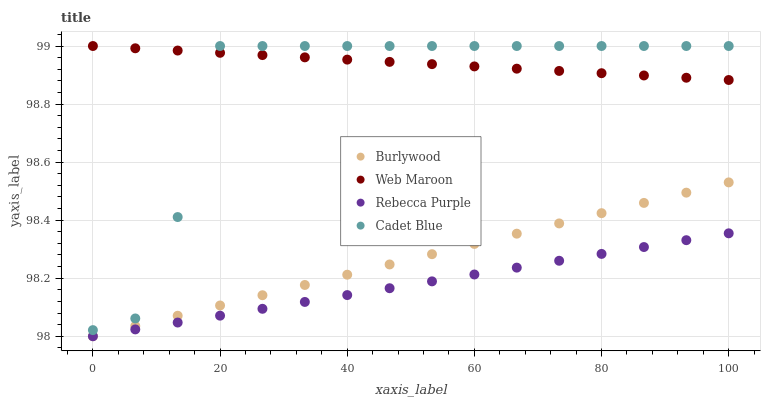
| xaxis_label | Burlywood | Web Maroon | Rebecca Purple | Cadet Blue |
 | --- | --- | --- | --- | --- |
 | 0 | 98 | 99 | 98 | 98 |
 | 6.67 | 98 | 99 | 98 | 98.1 |
 | 13.3 | 98.1 | 99 | 98 | 98.4 |
 | 20 | 98.1 | 99 | 98.1 | 99 |
 | 26.7 | 98.1 | 99 | 98.1 | 99 |
 | 33.3 | 98.2 | 99 | 98.1 | 99 |
 | 40 | 98.2 | 99 | 98.1 | 99 |
 | 46.7 | 98.2 | 98.9 | 98.2 | 99 |
 | 53.3 | 98.3 | 98.9 | 98.2 | 99 |
 | 60 | 98.3 | 98.9 | 98.2 | 99 |
 | 66.7 | 98.4 | 98.9 | 98.2 | 99 |
 | 73.3 | 98.4 | 98.9 | 98.3 | 99 |
 | 80 | 98.4 | 98.9 | 98.3 | 99 |
 | 86.7 | 98.5 | 98.9 | 98.3 | 99 |
 | 93.3 | 98.5 | 98.9 | 98.3 | 99 |
 | 100 | 98.5 | 98.9 | 98.4 | 99 |